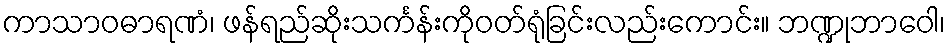
ကာသာဝဓာရဏံ၊ ဖန်ရည်ဆိုးသင်္ကန်းကိုဝတ်ရုံခြင်းလည်းကောင်း။ ဘဏ္ဍုဘာဝေါ၊